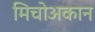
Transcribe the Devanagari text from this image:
मिचोअकान